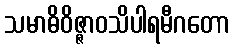
သမာဓိဝိဇ္ဇာဝသိပါရမီဂတော